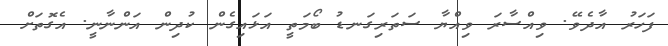
ފަހަރު އާދެވޭ. ވިއްސާރަ ވިއްޔާ ސަތަރިގަނޑު ބޯމަތީ އަޅައިގެން ކުދިން އަންނާނީ. އެގޮތަށް